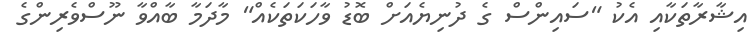
އިޝާރާތަކާއި އެކު "ސައިންސް ގެ ދުނިޔެއަށް ބޮޑު ވާހަކަތަކެއް" މާދަމާ ބާއްވާ ނޫސްވެރިންގެ